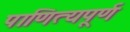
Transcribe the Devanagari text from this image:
पाणित्यपूर्ण